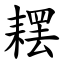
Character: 䎬